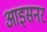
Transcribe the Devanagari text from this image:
आइसनर